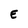
Character: E